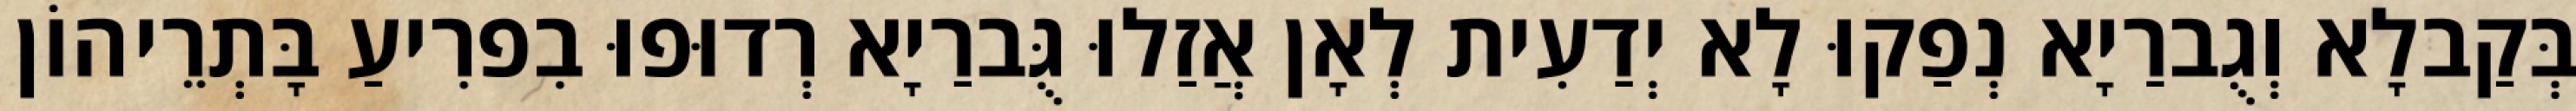
בְּקַבלָא וְגֻברַיָא נְפַקוּ לָא יְדַעִית לְאָן אֲזַלוּ גֻּברַיָא רְדוּפוּ בִפרִיעַ בָּתְרֵיהוֹן